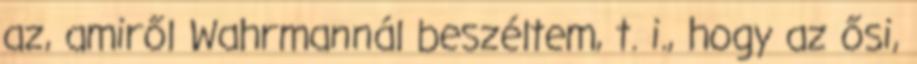
az, amiről Wahrmannál beszéltem, t. i., hogy az ősi,